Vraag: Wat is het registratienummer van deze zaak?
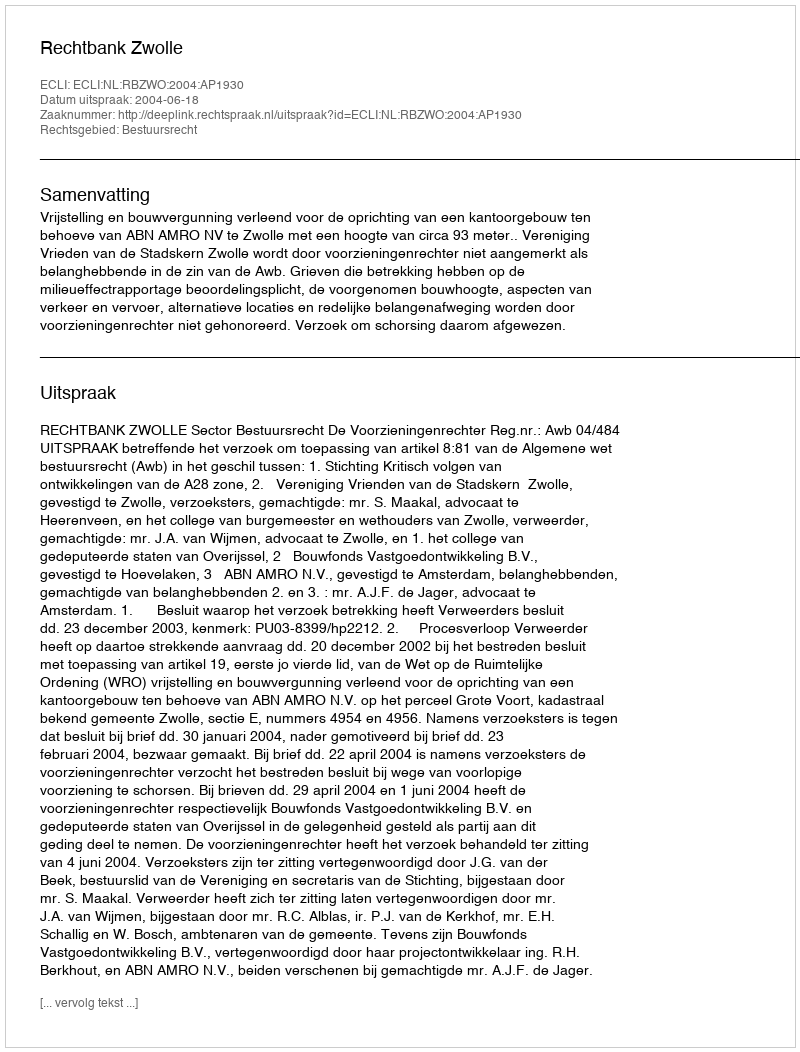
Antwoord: http://deeplink.rechtspraak.nl/uitspraak?id=ECLI:NL:RBZWO:2004:AP1930